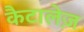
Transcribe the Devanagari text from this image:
कैटालेज़